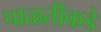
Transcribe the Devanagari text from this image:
पाळतीकडे